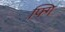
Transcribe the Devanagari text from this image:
फ्गि